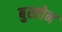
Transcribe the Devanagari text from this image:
बुस्तोन